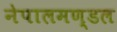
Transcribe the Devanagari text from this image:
नेपालमण्डल